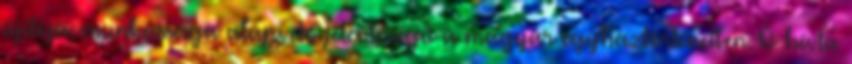
újítója, munkássága alapvető jelentőségű a magyar egyháztörténetben. Ő hívta